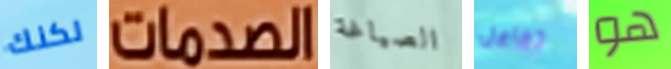
لكنك الصدمات الصياغة تفاعل هو